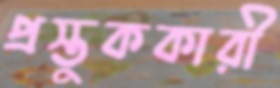
প্রস্তুককারী